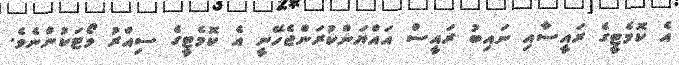
އެ ކޮމެޓީގެ ރައީސާއި ނައިބު ރައީސް އައްޔަންކުރަންޖެހޭނީ އެ ކޮމެޓީގެ ސިއްރު ވޯޓަކުންނެވެ.